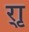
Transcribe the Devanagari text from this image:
र्‍ाृ